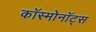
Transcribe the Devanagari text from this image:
काॅस्मोनाॅट्स